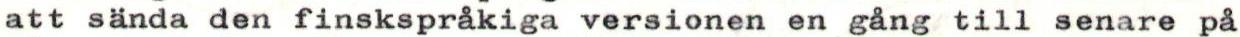
att sända den finskspråkiga versionen en gång till senare på